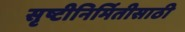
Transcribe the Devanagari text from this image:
सृष्टीनिर्मितीसाठी